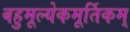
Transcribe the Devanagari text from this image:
बहुमूल्येकमूर्तिकम्‌